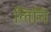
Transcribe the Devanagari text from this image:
लिचि